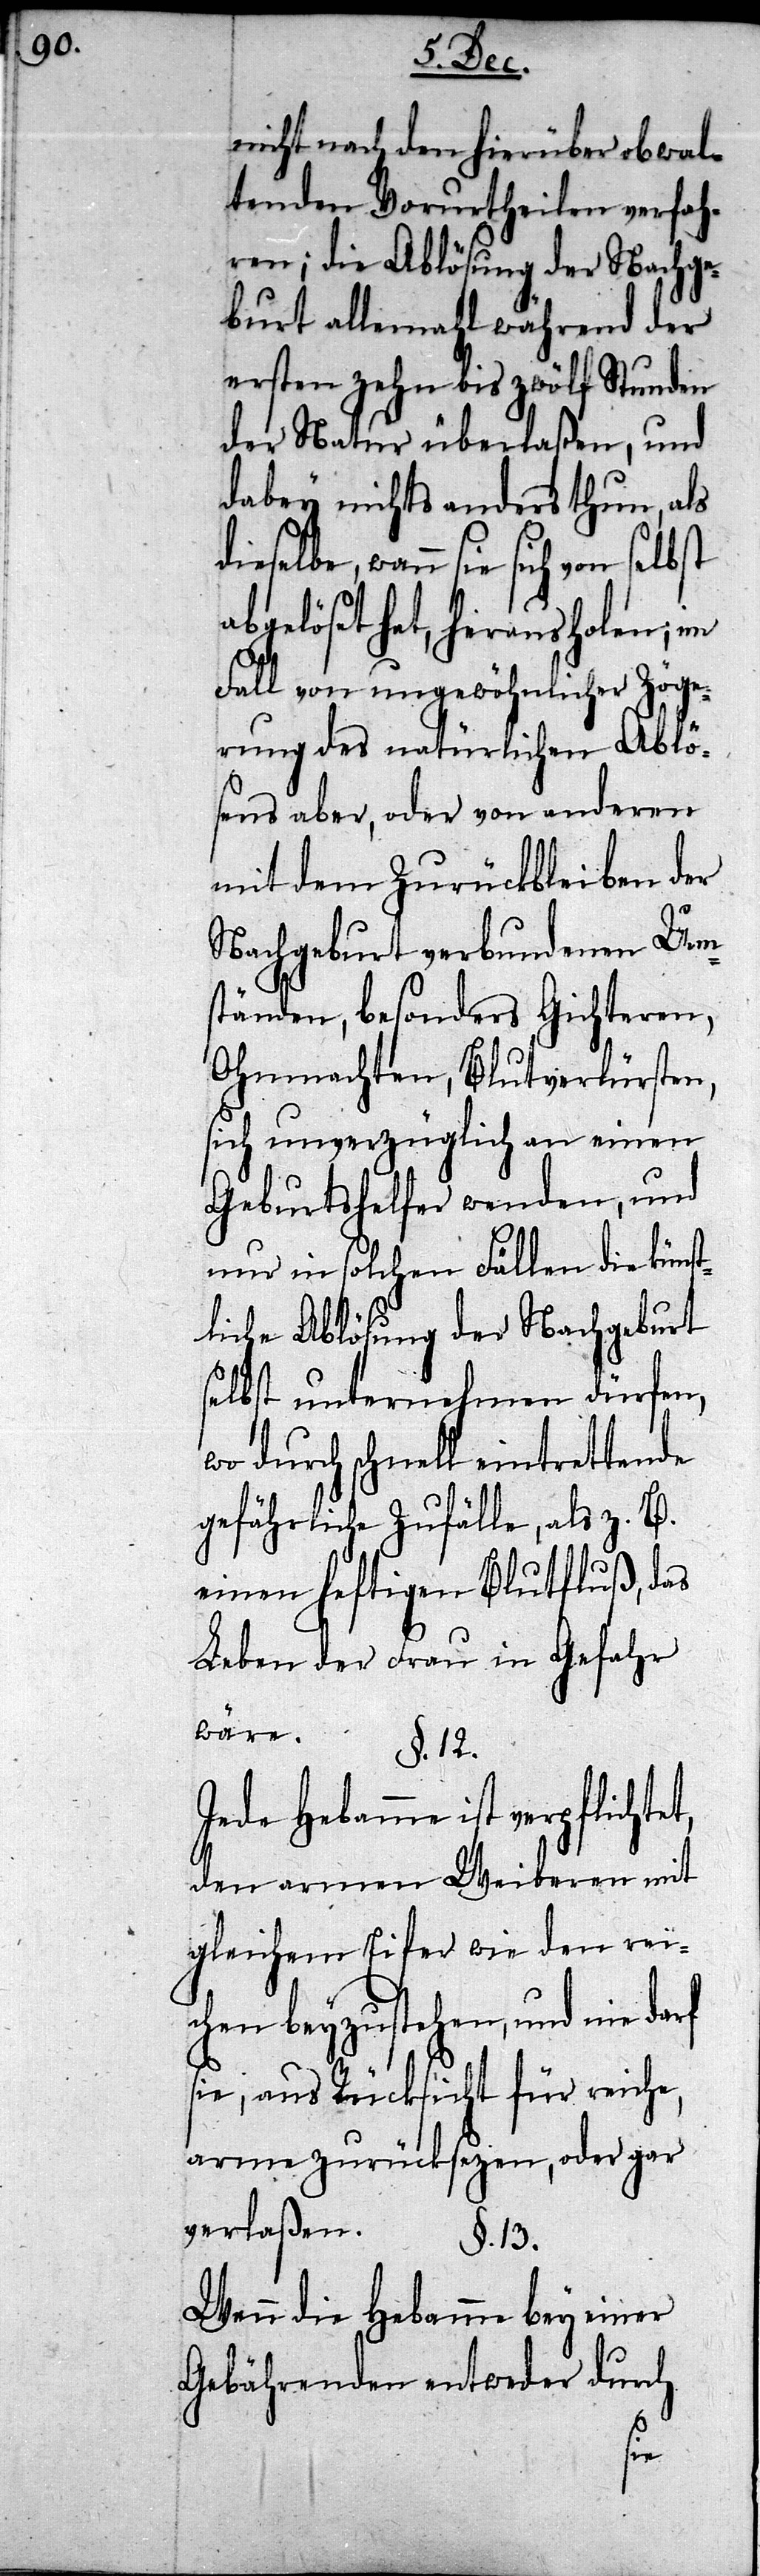
nicht nach den hierüber obwal¬
tenden Vorurtheilen verfah¬
ren; die Ablösung der Nachge¬
burt allemahl während der
ersten zehn bis zwölf Stunden
der Natur überlaßen, und
dabey nichts anders thun, als
dieselbe, wann sie sich
abgelöset hat, herausholen; im
Fall von ungewöhnlicher Zöge¬
rung des natürlichen Ablö¬
sens aber, oder von anderen
mit dem Zurückbleiben der
Nachgeburt verbundenen Um¬
ständen, besonders Gichteren,
Ohnmachten, Blutverlürsten
sich unverzüglich an einen
Geburtshelfer wenden, und
nur in solchen Fällen die künst¬
liche Ablösung der Nachgeburt
selbst vornehmen dürfen,
wo durch schnell eintrettende
gefährliche Zufälle, als z. B.
einen heftigen Blutfluß, das
Leben der Frau in Gefahr
wäre.
§. 12.
Jede Hebamme ist verpflicht¬
den armen Weiberen mit
gleichem Eifer wie den rei¬
chen beyzustehen, und nie da¬
sie, aus Rücksicht für reiche,
arme zurücksezen, oder gar
verlaßen.
§. 13.
Wenn die Hebamme bey einer
Gebährenden entweder durch
rf